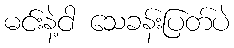
မင်းနဲ့ငါ သေခန်းပြတ်ပဲ